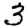
Digit: 3